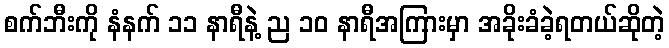
စက်ဘီးကို နံနက် ၁၁ နာရီနဲ့ ည ၁၀ နာရီအကြားမှာ အခိုးခံခဲ့ရတယ်ဆိုတဲ့